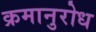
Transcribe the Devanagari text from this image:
क्रमानुरोध